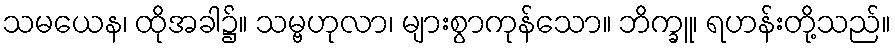
သမယေန၊ ထိုအခါ၌။ သမ္ဗဟုလာ၊ များစွာကုန်သော။ ဘိက္ခူ၊ ရဟန်းတို့သည်။